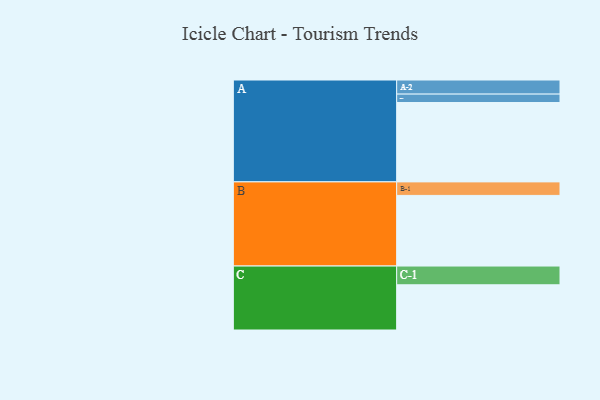
{"axis": {"x": "Segment", "y": "Value"}, "legend": ["", "A", "B", "C"], "data": [{"x": "A", "y": 546, "type": ""}, {"x": "B", "y": 486, "type": ""}, {"x": "C", "y": 311, "type": ""}, {"x": "A-1", "y": 58, "type": "A"}, {"x": "A-2", "y": 97, "type": "A"}, {"x": "B-1", "y": 93, "type": "B"}, {"x": "C-1", "y": 129, "type": "C"}]}